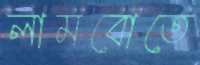
লামবোতে